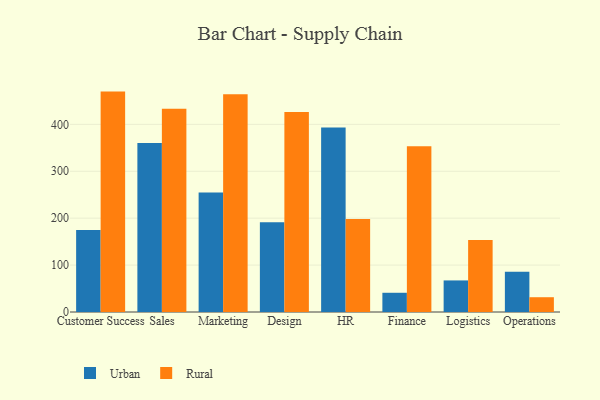
{"axis": {"x": "Department", "y": "Market Share (%)"}, "legend": ["Rural", "Urban"], "data": [{"x": "Customer Success", "y": 174.9, "type": "Urban"}, {"x": "Customer Success", "y": 469.8, "type": "Rural"}, {"x": "Sales", "y": 360.1, "type": "Urban"}, {"x": "Sales", "y": 433.1, "type": "Rural"}, {"x": "Marketing", "y": 254.9, "type": "Urban"}, {"x": "Marketing", "y": 464.0, "type": "Rural"}, {"x": "Design", "y": 191.1, "type": "Urban"}, {"x": "Design", "y": 426.5, "type": "Rural"}, {"x": "HR", "y": 393.1, "type": "Urban"}, {"x": "HR", "y": 198.3, "type": "Rural"}, {"x": "Finance", "y": 41.0, "type": "Urban"}, {"x": "Finance", "y": 353.4, "type": "Rural"}, {"x": "Logistics", "y": 67.3, "type": "Urban"}, {"x": "Logistics", "y": 153.4, "type": "Rural"}, {"x": "Operations", "y": 86.0, "type": "Urban"}, {"x": "Operations", "y": 31.5, "type": "Rural"}]}